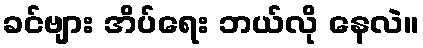
ခင်ဗျား အိပ်ရေး ဘယ်လို နေလဲ။